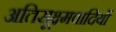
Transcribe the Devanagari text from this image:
अतिसूक्ष्मवादियों